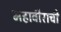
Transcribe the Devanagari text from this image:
महावीराची